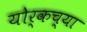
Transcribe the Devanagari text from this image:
योर्कच्या